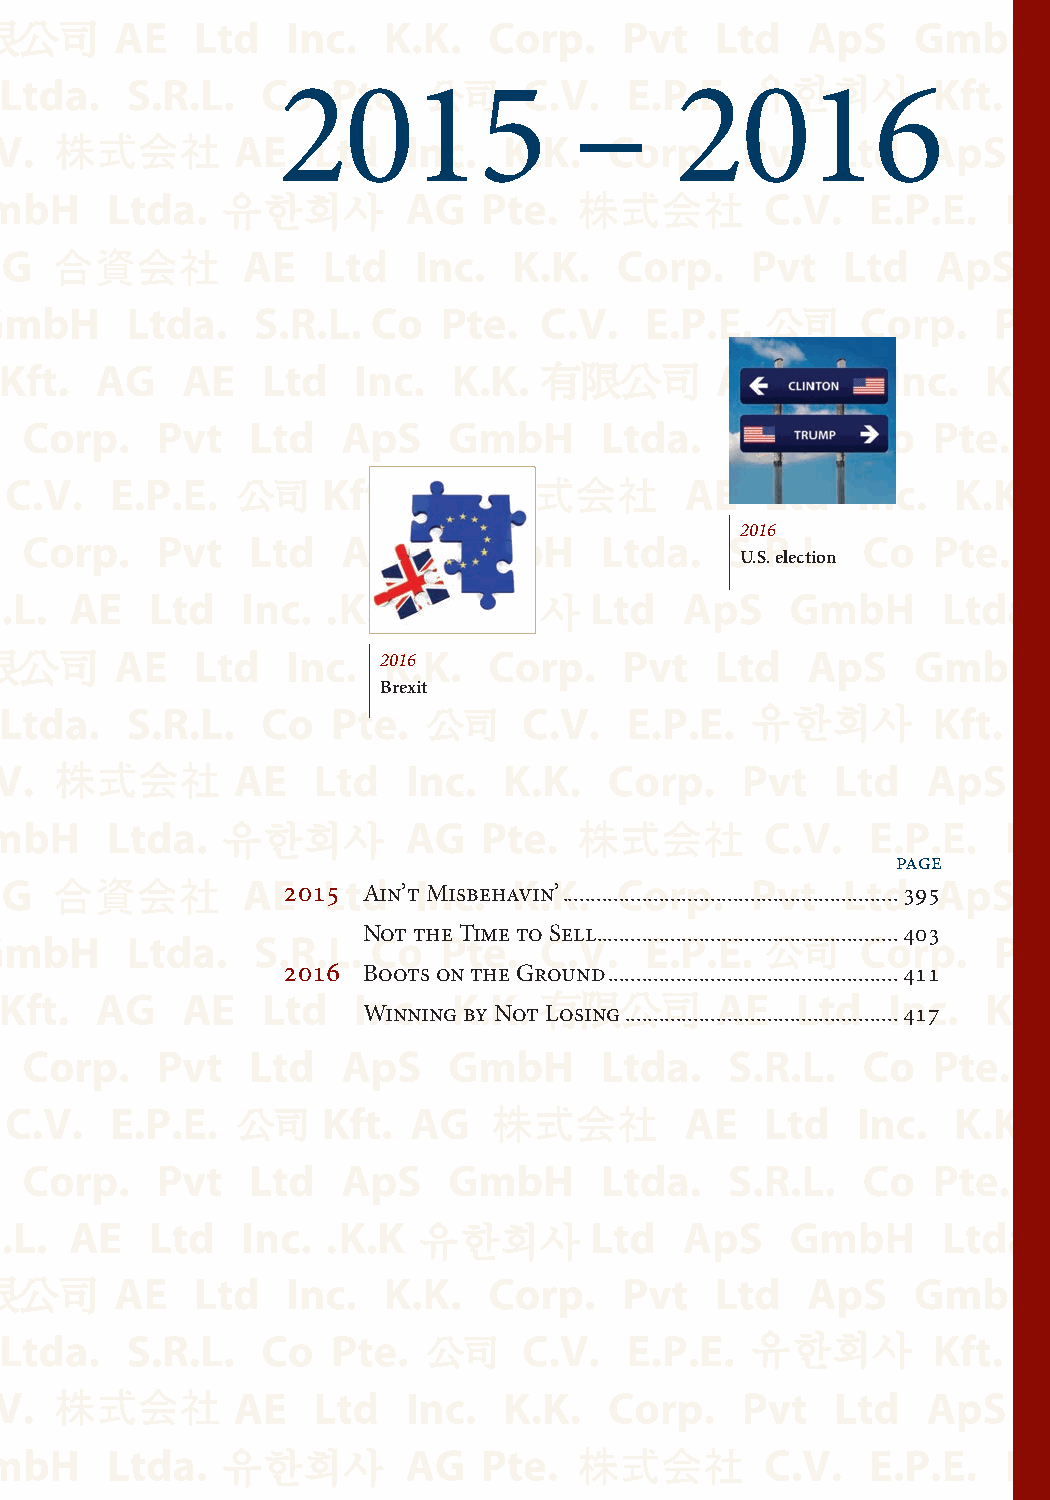
2015                –      2016
 2016
 U.S. election
 2016
 Brexit
 page
 2015 Ain’t Misbehavin’ ...........................................................395
 Not the Time to Sell .....................................................403
 2016 Boots on the Ground ...................................................411
 Winning by Not Losing ................................................417